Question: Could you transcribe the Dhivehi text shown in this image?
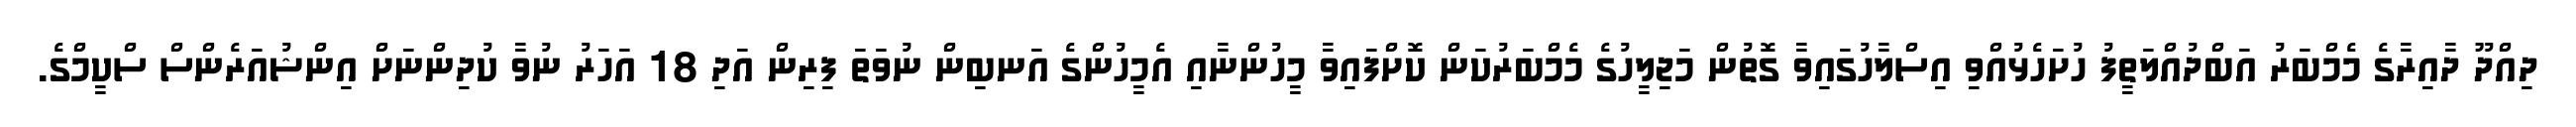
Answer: ދިއްދޫ ދާއިރާގެ މެމްބަރު އަބްދުއްލަތީފު ހުށަހެޅުއްވި އިސްލާހުގައިވާ ގޮތުން މަޖިލީހުގެ މެމްބަރުކަން ކޮށްފައިވާ މީހުންނާއި އެމީހުންގެ އަނބިން ނުވަތަ ފިރިން އަދި 18 އަހަރު ނުވާ ކުދިންނަށް އިންޝުއަރެންސް ސްކީމްގެ.